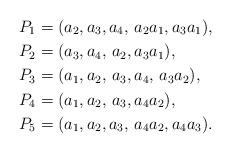
LaTeX: \begin{align*}P_1 & = (a_2,a_3,a_4,\,a_2a_1,a_3a_1),\\P_2 & = (a_3,a_4,\,a_2,a_3a_1),\\P_3 & = (a_1,a_2,\,a_3,a_4,\,a_3a_2),\\P_4 & = (a_1,a_2,\,a_3,a_4a_2),\\P_5 & = (a_1,a_2,a_3,\,a_4a_2,a_4a_3).\end{align*}